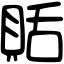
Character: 𧵳